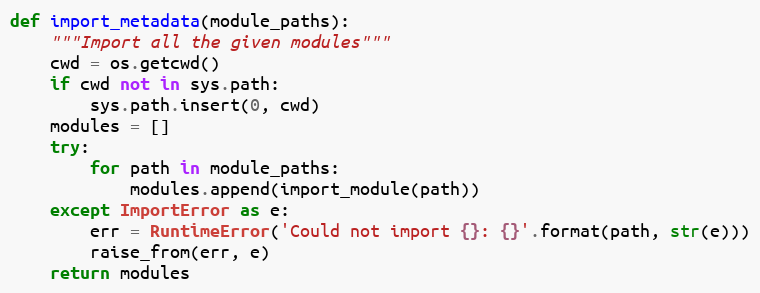
Language: Python
def import_metadata(module_paths):
    """Import all the given modules"""
    cwd = os.getcwd()
    if cwd not in sys.path:
        sys.path.insert(0, cwd)
    modules = []
    try:
        for path in module_paths:
            modules.append(import_module(path))
    except ImportError as e:
        err = RuntimeError('Could not import {}: {}'.format(path, str(e)))
        raise_from(err, e)
    return modules